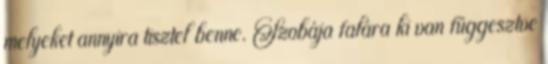
melyeket annyira tisztel benne. Szobája falára ki van függesztve